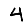
Digit: 4